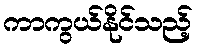
ကာကွယ်နိုင်သည့်